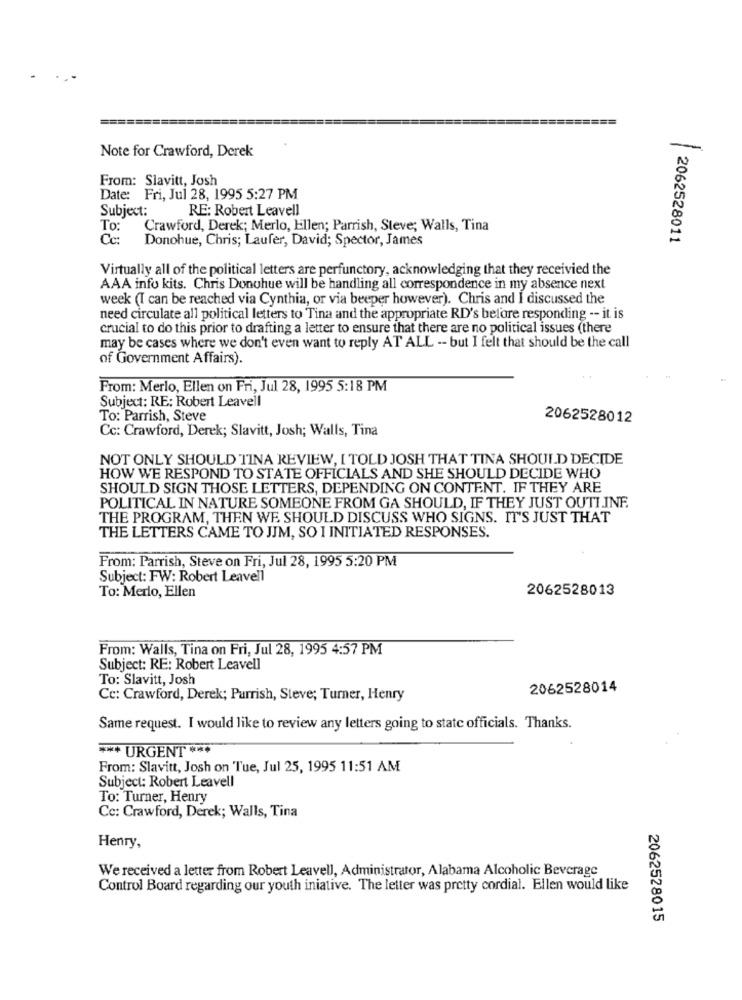
Note for Crawford, Derek
-
From: Slavitt, Josh
Date: Fri, Jul 28, 1995 5:27 PM
Subject:
RE: Robert Leavell
To:
Crawford, Derek; Merlo, Ellen; Parrish, Steve; Walls, Tina
Cc:
Donohue, Chris; Laufer, David; Spector, James
2062528011
Virtually all of the political letters are perfunctory, acknowledging that they receivied the
AAA info kits. Chris Donohue will be handling all correspondence in my absence next
week (I can be reached via Cynthia, or via beeper however). Chris and I discussed the
need circulate all political letters to Tina and the appropriate RD's before responding -- it is
crucial to do this prior to drafting a letter to ensure that there are no political issues (there
may be cases where we don't even want to reply AT ALL -- but I felt that should be the call
of Government Affairs).
From: Merlo, Ellen on Fri, Jul 28, 1995 5:18 PM
Subject: RE: Robert Leavell
To: Parrish, Steve
2062528012
Cc: Crawford, Derek; Slavitt, Josh; Walls, Tina
NOT ONLY SHOULD TINA REVIEW, I TOLD JOSH THAT TINA SHOULD DECIDE
HOW WE RESPOND TO STATE OFFICIALS AND SHE SHOULD DECIDE WHO
SHOULD SIGN THOSE LETTERS, DEPENDING ON CONTENT. IF THEY ARE
POLITICAL IN NATURE SOMEONE FROM GA SHOULD, IF THEY JUST OUTI.INF.
THE PROGRAM, THEN WE SHOULD DISCUSS WHO SIGNS. IT'S JUST THAT
THE LETTERS CAME TO JJM, SO I INITIATED RESPONSES.
From: Parrish, Steve on Fri, Jul 28, 1995 5:20 PM
Subject: FW: Robert Leavell
To: Merlo, Ellen
2062528013
From: Walls, Tina on Fri, Jul 28, 1995 4:57 PM
Subject: RE: Robert Leavell
To: Slavitt, Josh
2062528014
Cc: Crawford, Derek; Purrish, Steve; Turner, Henry
Same request. I would like to review any letters going to state officials. Thanks.
*** URGENT ***
From: Slavitt, Josh on Tue, Jul 25, 1995 11:51 AM
Subject: Robert Leavell
To: Turner, Henry
Cc: Crawford, Derek; Walls, Tina
Henry,
We received a letter from Robert Leavell, Administrator, Alabama Alcoholic Beverage
Control Board regarding our youth iniative. The letter was pretty cordial. Ellen would like
2062528015